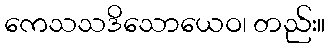
ကေသသဒိသောယေဝ၊ တည်း။